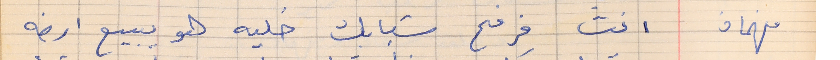
فهمان       انت فرفح شبابك خليه هو يبيع ارضه